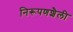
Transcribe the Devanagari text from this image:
निरूपणशैली